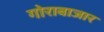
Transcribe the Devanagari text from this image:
गोराबाजार